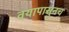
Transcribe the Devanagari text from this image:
वयापासुनच